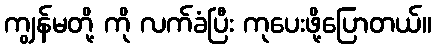
ကျွန်မတို့ ကို လက်ခံပြီး ကုပေးဖို့ပြောတယ်။